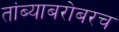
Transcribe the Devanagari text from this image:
तांब्याबरोबरच